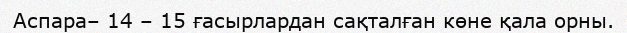
Аспара– 14 – 15 ғасырлардан сақталған көне қала орны.